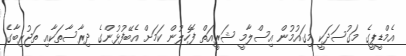
އެމްޑީޕީގެ މަގުސަދަކީ މިގައުމުން އިސްލާމީ ޝަރީއަތް ފޮހެލުން ކަމަށް އެބޭފުޅުންގެ ދިރާސާތަކާއި ތަޖުރިބާގެ